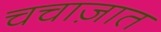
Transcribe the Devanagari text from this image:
चचाज़ात